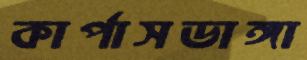
কার্পাসডাঙ্গা